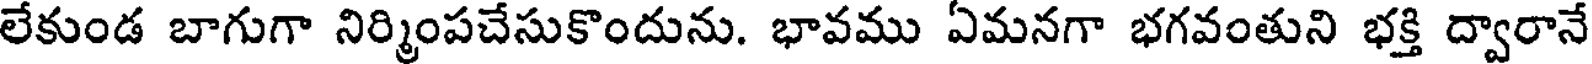
లేకుండ బాగుగా నిర్మింపచేసుకొందును. భావము ఏమనగా భగవంతుని భక్తి ద్వారానే